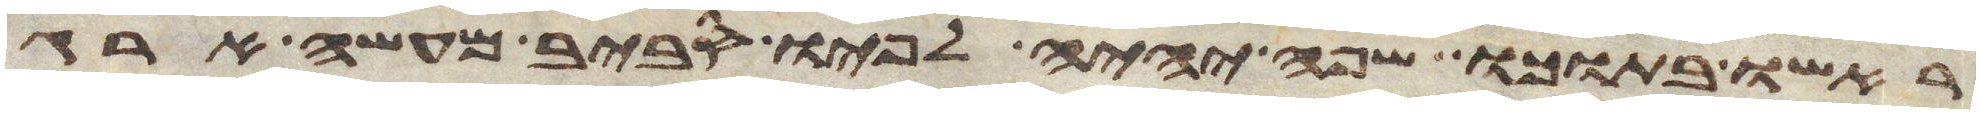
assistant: ראשו בתוכו שפה יהיה לפיו סביב מעשה ארג